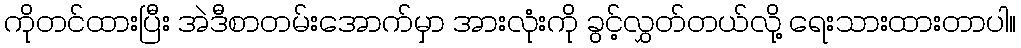
ကိုတင်ထားပြီး အဲဒီစာတမ်းအောက်မှာ အားလုံးကို ခွင့်လွှတ်တယ်လို့ ရေးသားထားတာပါ။